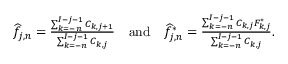
\begin{array} { r } { \widehat { f } _ { j , n } = \frac { \sum _ { k = - n } ^ { I - j - 1 } C _ { k , j + 1 } } { \sum _ { k = - n } ^ { I - j - 1 } C _ { k , j } } \quad \mathrm { a n d } \quad \widehat { f } _ { j , n } ^ { * } = \frac { \sum _ { k = - n } ^ { I - j - 1 } C _ { k , j } F _ { k , j } ^ { * } } { \sum _ { k = - n } ^ { I - j - 1 } C _ { k , j } } . } \end{array}